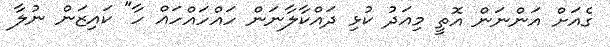
ގެއަށް އަންނަން އޮތީ މިއަދު ކުޅި ދައްކާލާނަން ހައްހައްހައް ހާ" ކައިޒަން ނުލާ